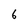
Character: 6